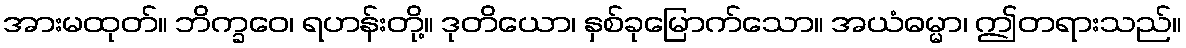
အားမထုတ်။ ဘိက္ခဝေ၊ ရဟန်းတို့။ ဒုတိယော၊ နှစ်ခုမြောက်သော။ အယံဓမ္မာ၊ ဤတရားသည်။